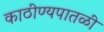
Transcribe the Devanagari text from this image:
काठीण्यपातळी